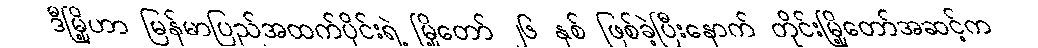
ဒီမြို့ဟာ မြန်မာပြည်အထက်ပိုင်းရဲ့ မြို့တော် ၂၆ နှစ် ဖြစ်ခဲ့ပြီးနောက် တိုင်းမြို့တော်အဆင့်က